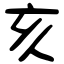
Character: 亥